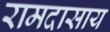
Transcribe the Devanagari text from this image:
रामदासाय